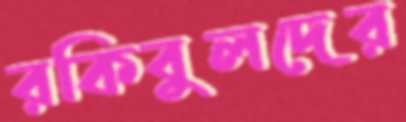
রকিবুলদের